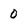
Character: O